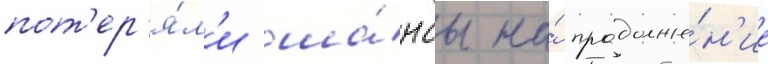
пот'ер'я́л'и ша́нсы на́ продолже́н'ие